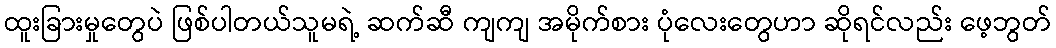
ထူးခြားမှုတွေပဲ ဖြစ်ပါတယ်သူမရဲ့ ဆက်ဆီ ကျကျ အမိုက်စား ပုံလေးတွေဟာ ဆိုရင်လည်း ဖေ့ဘွတ်